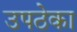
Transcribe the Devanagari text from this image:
उपठेका